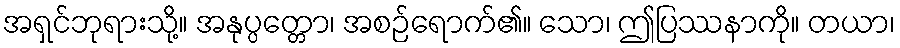
အရှင်ဘုရားသို့။ အနုပ္ပတ္တော၊ အစဉ်ရောက်၏။ သော၊ ဤပြဿနာကို။ တယာ၊